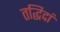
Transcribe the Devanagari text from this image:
तद्धिदां